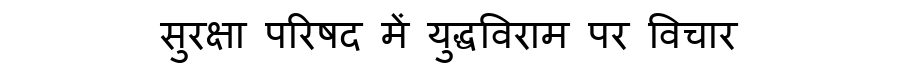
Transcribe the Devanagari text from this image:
सुरक्षा परिषद में युद्धविराम पर विचार